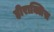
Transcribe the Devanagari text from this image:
हीराक्लिस